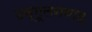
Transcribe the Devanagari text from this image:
उन्मूलनवाद